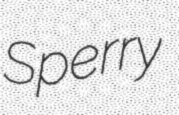
Sperry